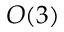
O ( 3 )